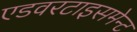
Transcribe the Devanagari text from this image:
एडवरटाइसमेन्ट